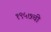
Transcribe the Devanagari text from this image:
१९५७ची